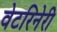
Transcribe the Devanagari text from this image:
वेटरिनेरी